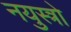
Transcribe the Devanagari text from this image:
नयुस्त्रो